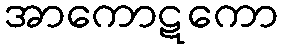
အာကောဋကော